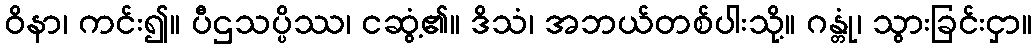
ဝိနာ၊ ကင်း၍။ ပီဌသပ္ပိဿ၊ ငဆွံ့၏။ ဒိသံ၊ အဘယ်တစ်ပါးသို့။ ဂန္တုံ၊ သွားခြင်းငှာ။